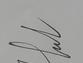
Signature authenticity: genuine